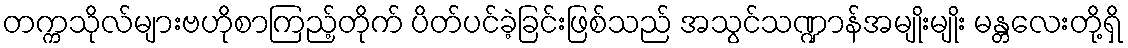
တက္ကသိုလ်များဗဟိုစာကြည့်တိုက် ပိတ်ပင်ခဲ့ခြင်းဖြစ်သည် အသွင်သဏ္ဍာန်အမျိုးမျိုး မန္တလေးတို့ရှိ